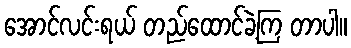
အောင်လင်းရယ် တည်ထောင်ခဲ့ကြ တာပါ။